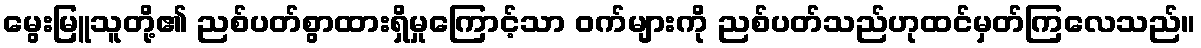
မွေးမြူသူတို့၏ ညစ်ပတ်စွာထားရှိမှုကြောင့်သာ ဝက်များကို ညစ်ပတ်သည်ဟုထင်မှတ်ကြလေသည်။